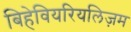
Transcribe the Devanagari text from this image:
बिहेवियरियलिज़म